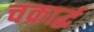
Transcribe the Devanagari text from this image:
चक्रार्द्ध